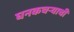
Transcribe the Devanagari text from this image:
घनकचर्‍याची